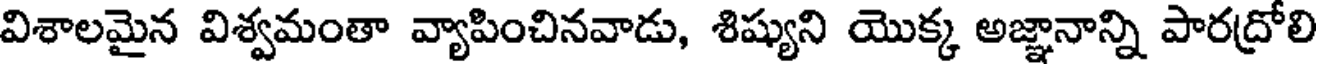
విశాలమైన విశ్వమంతా వ్యాపించినవాడు, శిష్యుని యొక్క అజ్ఞానాన్ని పారద్రోలి